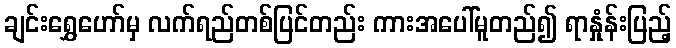
ချင်းရွှေဟော်မှ လက်ရည်တစ်ပြင်တည်း ကားအပေါ်မူတည်၍ ရာနှုံန်းပြည့်